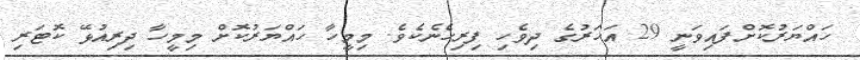
ހައްޔަރުކޮށްފައިވަނީ 29 އަހަރުގެ ދިވެހި ފިރިހެނެކެވެ. މިމީހާ ހައްޔަރުކޮށް މިމީހާ ދިރިއުޅޭ ކޮޓަރި